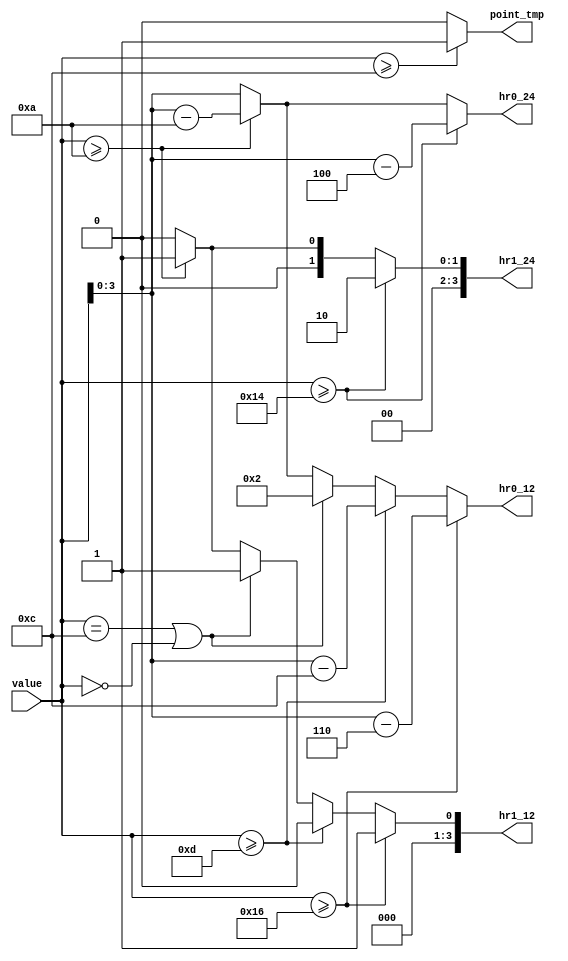
`timescale 1ns / 1ps
//////////////////////////////////////////////////////////////////////////////////
// Company: 
// Engineer: 
// 
// Design Name: 
// Module Name: convert
// Project Name: 
// Target Devices: 
// Tool Versions: 
// Description: 
// 
// Dependencies: 
// 
// Revision:
// Revision 0.01 - File Created
// Additional Comments:
// 
//////////////////////////////////////////////////////////////////////////////////

`define PM 1'b1
`define AM 1'b0
module convert(
    hr0_24,
    hr1_24,
    hr0_12,
    hr1_12,
    point_tmp,
    value
);
output [3:0] hr0_24, hr1_24;
output [3:0] hr0_12, hr1_12;
output point_tmp;
input [4:0] value;
reg [3:0] hr0_24, hr1_24;
reg [3:0] hr0_12, hr1_12;
reg point_tmp;

always@*
    if(value >= 5'd12)
        point_tmp = `PM;
    else
        point_tmp = `AM;

always@*
    if (value >= 5'd20)
    begin
        hr1_24 = 4'd2;
        hr0_24 = value - 20;
    end
    else if (value >= 5'd10)
    begin
        hr1_24 = 4'd1;
        hr0_24 = value - 10;
    end
    else 
    begin
        hr1_24 = 4'd0;
        hr0_24 = value;
    end

always@*
    if (value >= 5'd22)
    begin
        hr1_12 = 4'd1;
        hr0_12 = value - 5'd22;
    end
    else if (value >= 5'd13)
    begin
        hr1_12 = 4'd0;
        hr0_12 = value - 5'd12;
    end
    else if (value == 5'd12 || value == 5'd0)
    begin
        hr1_12 = 4'd1;
        hr0_12 = 4'd2;
    end
    else if (value >= 5'd10)
    begin  
        hr1_12 = 4'd1;
        hr0_12 = value - 5'd10;
    end
    else 
    begin  
        hr1_12 = 4'd0;
        hr0_12 = value;
    end

endmodule